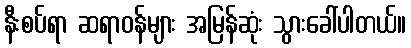
နီးစပ်ရာ ဆရာဝန်များ အမြန်ဆုံး သွားခေါ်ပါတယ်။